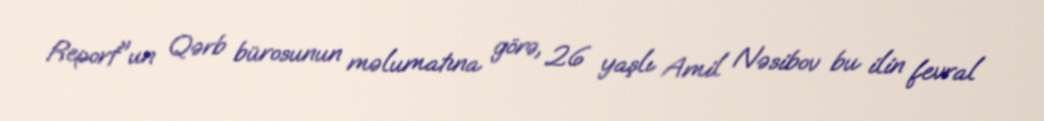
Report"un Qərb bürosunun məlumatına görə, 26 yaşlı Amil Nəsibov bu ilin fevral